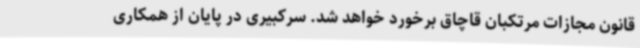
قانون مجازات مرتکبان قاچاق برخورد خواهد شد. سرکبیری در پایان از همکاری